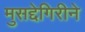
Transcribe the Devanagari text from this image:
मुसद्देगिरीने